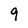
Character: 9